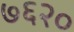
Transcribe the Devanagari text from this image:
७६२०